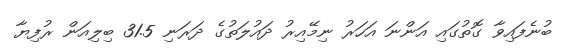
ބުނެފައިވާ ގޮތުގައި އަންނަ އަހަރު ނިމޭއިރު ދައުލަތުގެ ދަރަނި 31.5 ބިލިއަން ރުފިޔާ